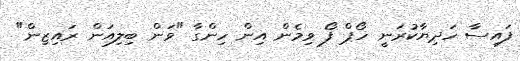
ފައިސާ ހަދިޔާކުރަނީ ހޯޕް ފޯ ވިމެން އިން ހިންގާ "ވަން ބިލިއަން ރައިޒިން"